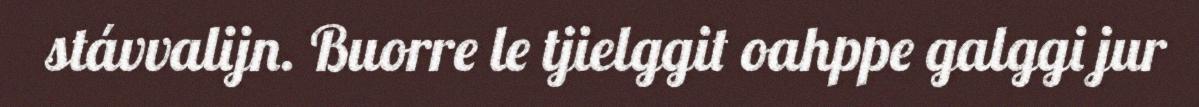
stávvalijn. Buorre le tjielggit oahppe galggi jur